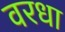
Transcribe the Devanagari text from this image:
वरधा